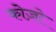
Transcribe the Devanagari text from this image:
कोज़ो